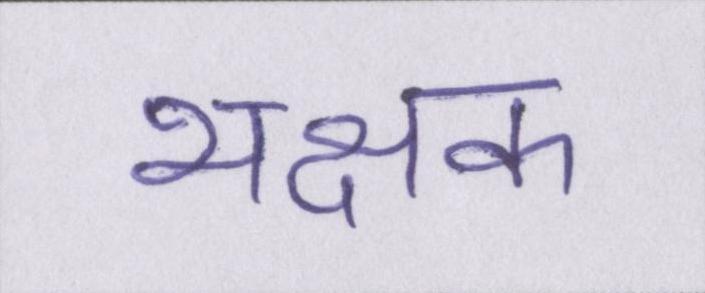
भक्षक